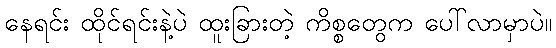
နေရင်း ထိုင်ရင်းနဲ့ပဲ ထူးခြားတဲ့ ကိစ္စတွေက ပေါ်လာမှာပဲ။